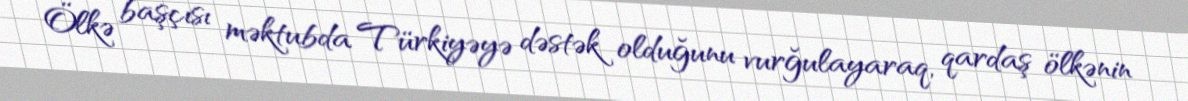
Ölkə başçısı məktubda Türkiyəyə dəstək olduğunu vurğulayaraq, qardaş ölkənin